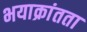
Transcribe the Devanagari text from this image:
भयाक्रांतता